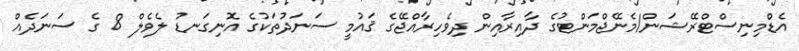
އެޑްމިނިސްޓްރޭޝަން/މެނޭޖްމަންޓުގެ ދާއިރާއިން ދިވެހިރާއްޖޭގެ ޤައުމީ ސަނަދުތަކުގެ އޮނިގަނޑު ލެވެލް 8 ގެ ސަނަދެއް